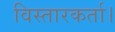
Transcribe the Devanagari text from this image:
विस्तारकर्ता।